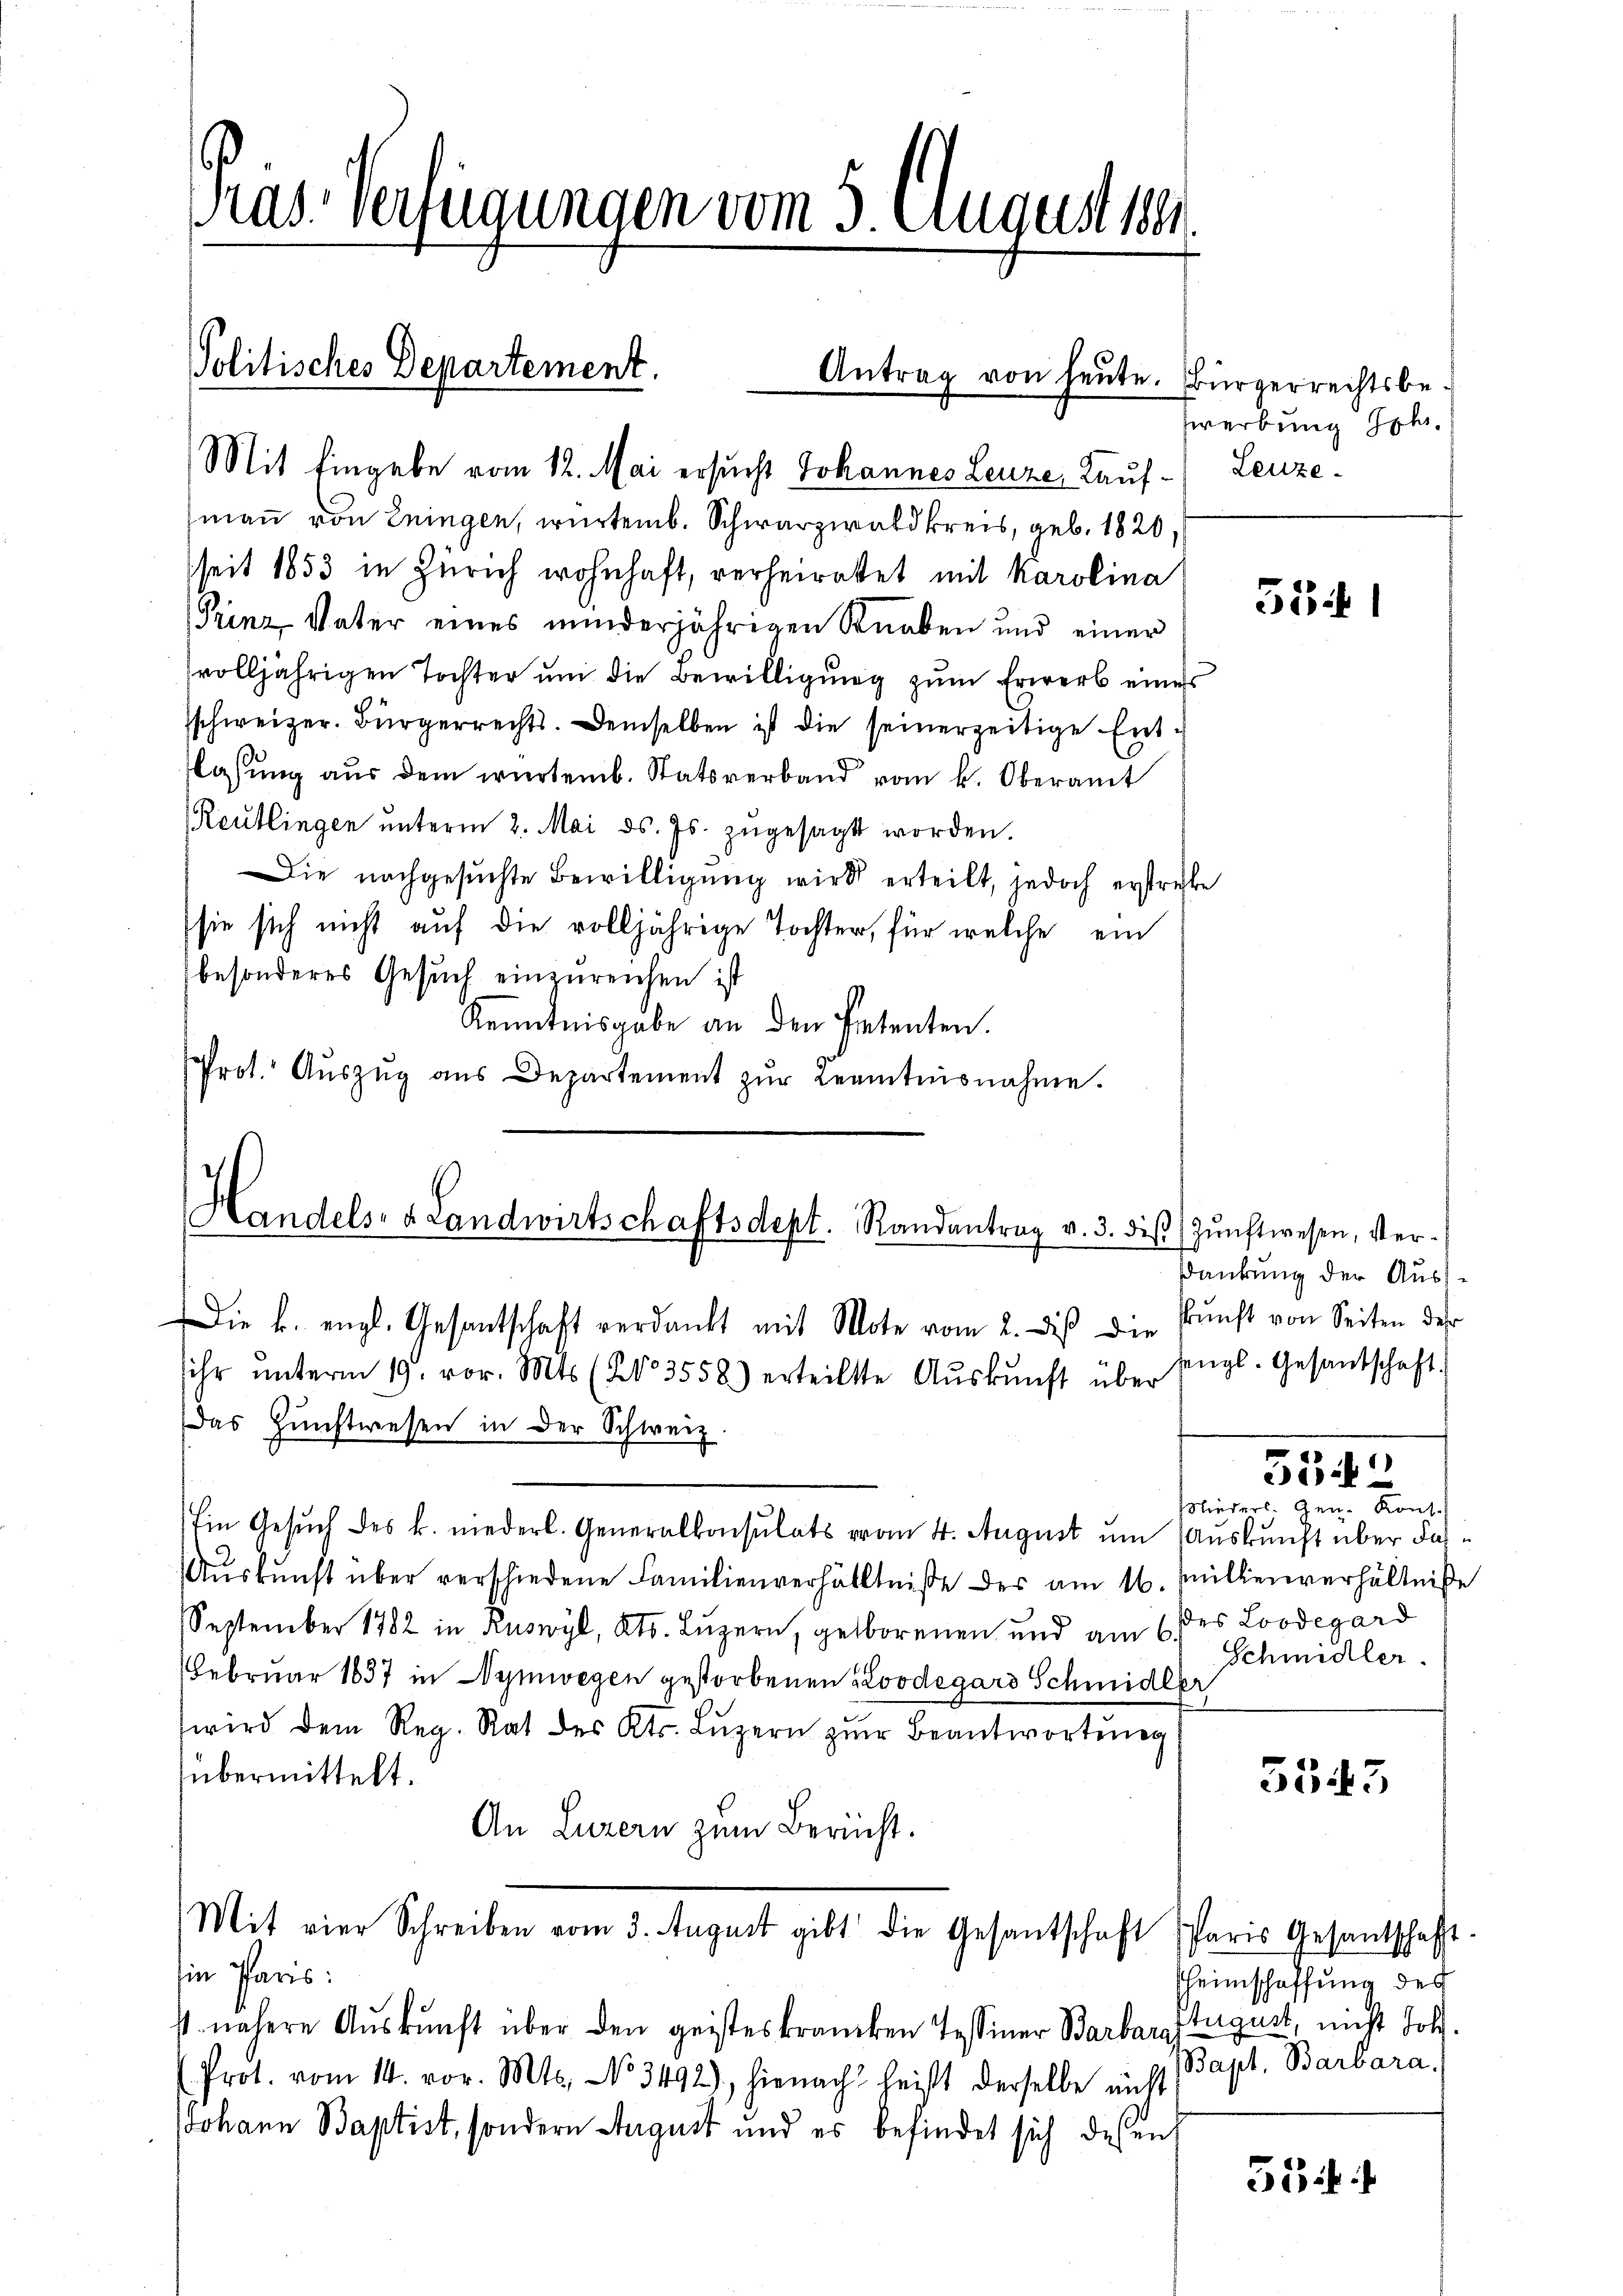
Pras. Verfügungen vom 3. August 1891

Politisches Departement.
Mit Eingabe vom 12. Mai ersucht Johannes Leuze, Kauf¬

man von Eningen, würtemb. Schwarzwald kreis, geb. 1820,
seit 1853 in Zürich wohnhaft, verheiratet mit Karolina
Prinz Vater eines minderjährigen Knaben und einer
volljährigen Tochter um die Bewilligung zum Erwerb eines
sschweizer. Bürgerrechts. Demselben ist die seinerzeitige Entasŭng aŭs dem wartemb. Statsverband vom k. Oberamt
Reutlingen ŭnterm 2. Mai d. Js. zŭgesagt worden.
Die nachgesuchte Bewilligung wird erteilt, jedoch erstrecke
sie sich nicht auf die volljährige Tochter, für welche ein
besonderes Gesuch einzureichen ist
Kenntnisgabe an den Petenten.
Prot. Aŭszŭg aŭs Departement zŭr Beamtesnahme.

Handels- & Landwirtschaftsdept. Randantrag v. 3. diβ Zŭnftwesen, ver-

Die k. engl. Gesantschaft verdankt mit Mote vom 2. des die Kunst von Seiten der
sihr ŭnterm 19. vor. Mts. (§ 3558) erteilte Aŭskŭnft über
Das Gŭnstwesen in der Schweiz.
Ein Gesuch des k. niederl. Generalkonsulats vom 4. August um Auskunft über das¬
Aŭskŭnft über verschiedene Familienverhältniße der am 16. Milienverhältniße
September 1782 in Ruswyl, Kts. Luzern, geborenen und am 6 des Loodegard
Februar 1837 in Wymwegen gestorbenen Koodegard Schmidler
wird dem Reg. Rat des Kts. Lŭzern zŭr Beantwortung
übermittelt.
An Luzern zum Bericht.
Mit vier Schreiben vom 3. August gibt die Gesantschaft Paris Gesantschaft.
in Paris:
st nähere Auskunft über den geisteskrancken Tessiner Barbar ftugust, nicht Joh.
(Prot. vom 14. vor. Mts. No 3492), hienach heißt derselbe nicht
JJohann Baptist, sondern August und es befindet sich deßen

Antrag von heute. Bürgerrechtsbe¬

Zwerbung Joh.
Leuze

5341

sankung der Ausengl. Gesandschaft

5543

Nieders. Gen. Kons.
Schmidler.

3543

heimschaffung des
Bapt. Barbara.

53 f.